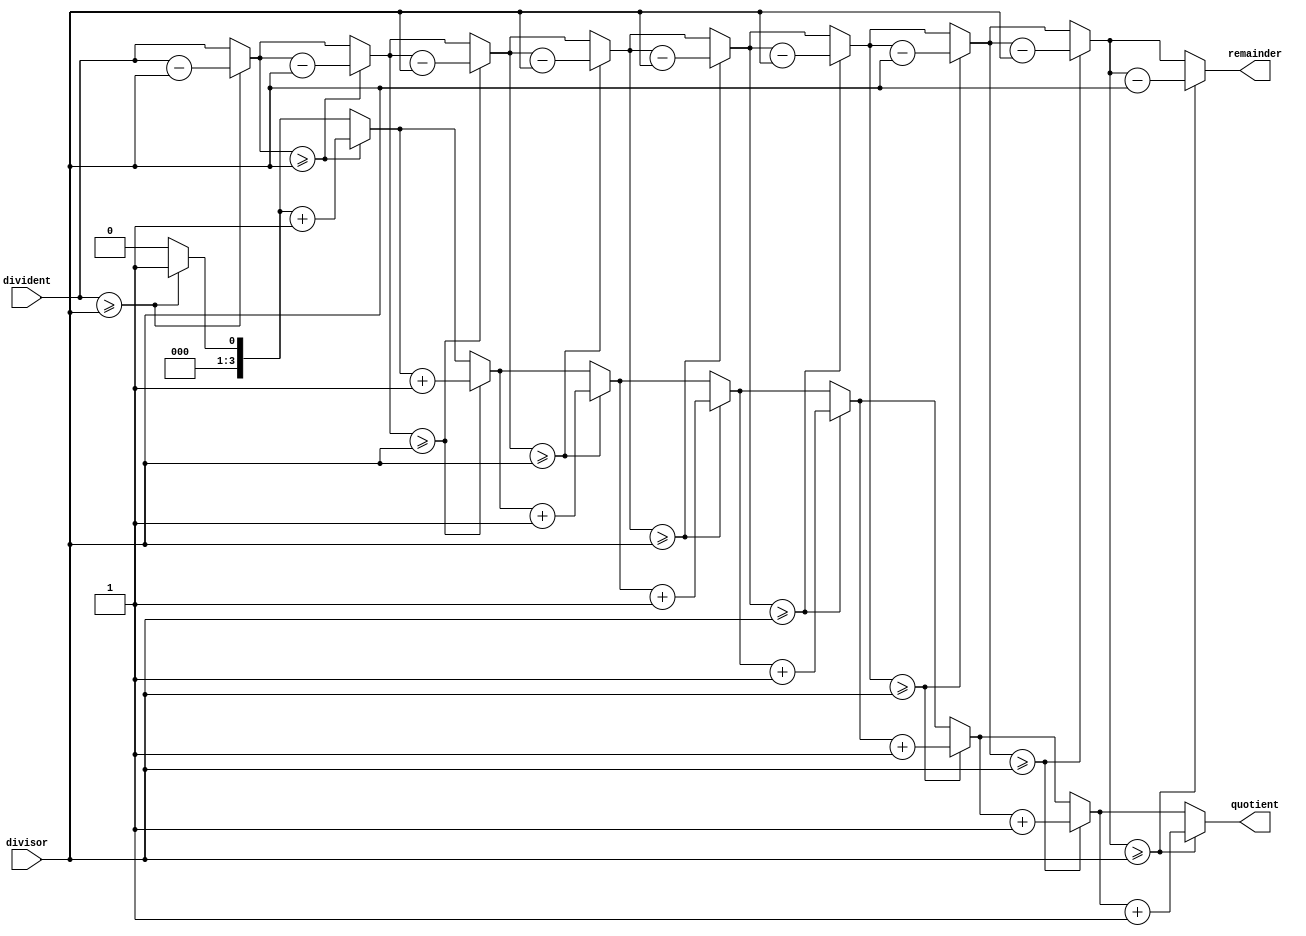
`timescale 1ns / 1ps
//////////////////////////////////////////////////////////////////////////////////
// Company: 
// Engineer: 
// 
// Design Name: 
// Module Name:    division 
// Project Name: 
// Target Devices: 
// Tool versions: 
// Description: 
//
// Dependencies: 
//
// Revision: 
// Revision 0.01 - File Created
// Additional Comments: 
//
//////////////////////////////////////////////////////////////////////////////////
module division(
    input [3:0] divident,
    input [3:0] divisor,
    output reg [3:0] quotient,
    output reg [3:0] remainder
    );
	 
	 
	 reg [3:0] quotient_temp;
	 reg [3:0] remainder_temp;
	 reg [2:0] i;
	 
	 always @(divident, divisor)
	 begin
		
		quotient_temp = 4'b0;
		remainder_temp = divident;
	 
		 for(i=0; i<9; i = i+1) begin 
		
			if (remainder_temp >= divisor) begin
				quotient_temp = quotient_temp + 1;
				remainder_temp=remainder_temp-divisor;
			end
		end
		
		quotient = quotient_temp;
		remainder = remainder_temp;
		
	end


endmodule